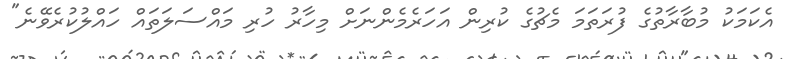
އެކަމަކު މުބާރާތުގެ ފުރަތަމަ މެޗުގެ ކުރިން އަހަރެމެންނަށް މިހާރު ހުރި މައްސަލަތައް ހައްލުކުރެވޭނެ"